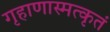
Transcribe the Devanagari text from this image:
गृहाणास्मत्कृतं